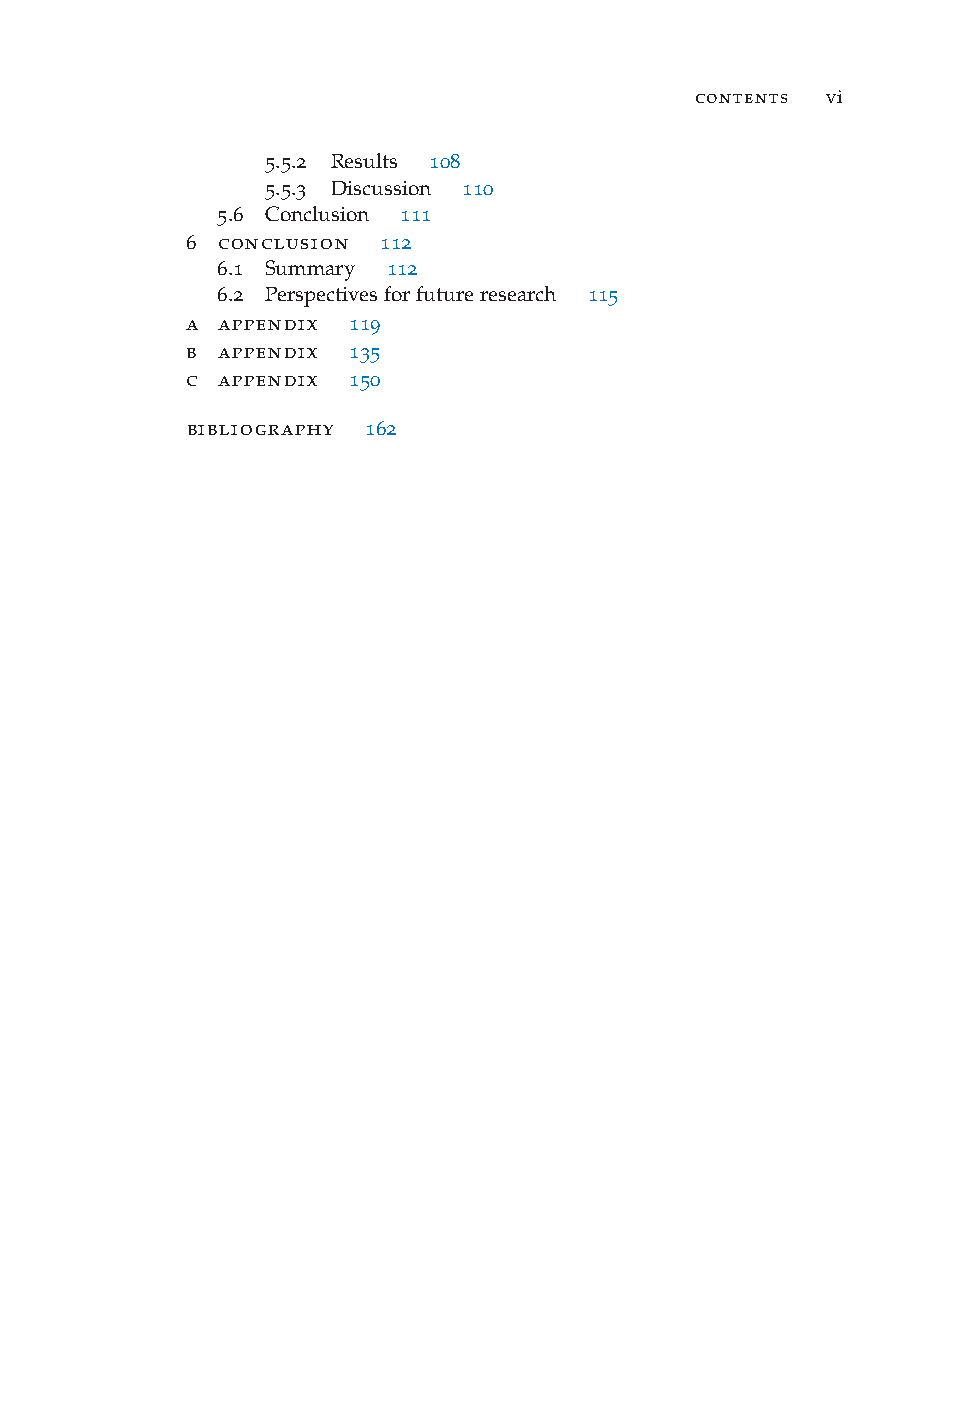
contents vi
 5.5.2 Results 108
 5.5.3 Discussion 110
 5.6 Conclusion 111
 6 conclusion 112
 6.1 Summary 112
 6.2 Perspectivesforfutureresearch 115
 a appendix 119
 b appendix 135
 c appendix 150
 bibliography 162